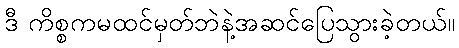
ဒီ ကိစ္စကမထင်မှတ်ဘဲနဲ့အဆင်ပြေသွားခဲ့တယ်။